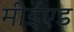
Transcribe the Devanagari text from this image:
मीईएड